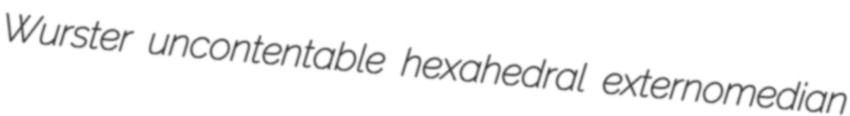
Wurster uncontentable hexahedral externomedian